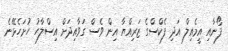
ފޯނާއި އީމެއިލް އަދި ފެކްސްގެ ޒަރިއްޔާ އިން ވެސް ގަވާއިދަށް އިސްލާހު ހުށަހެޅޭނެ